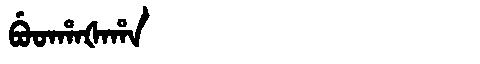
Manchu: ᠪᡠᡨᡥᠠᡧᠠᡥᠠ
Romanization: BUTHAŠAHA